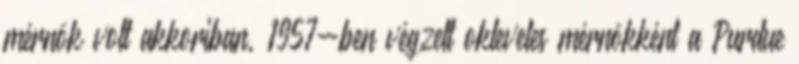
mérnök volt akkoriban, 1957-ben végzett okleveles mérnökként a Purdue